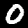
Label: 0